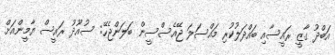
އަބްދު ގާޒީ ރައީސާއި ބައްދަލުކުރި މައްސަލަ ޖޭއެސްސީން ބަލަންޖެހޭ: ސުއޫދު ރައީސް ޔާމީންއަށް